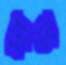
দাত